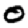
Digit: 0